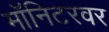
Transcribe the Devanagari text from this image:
मॉनिटरवर